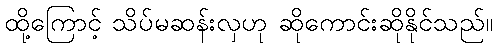
ထို့ကြောင့် သိပ်မဆန်းလှဟု ဆိုကောင်းဆိုနိုင်သည်။